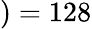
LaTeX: )=128